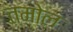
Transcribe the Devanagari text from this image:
तमोल